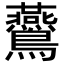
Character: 𪈏